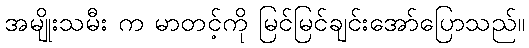
အမျိုးသမီး က မာတင့်ကို မြင်မြင်ချင်းအော်ပြောသည်။